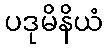
ပဒုမိနိယံ